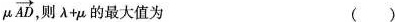
\mu \overrightarrow{AD}$$ 则λ+μ的最大值为 ()